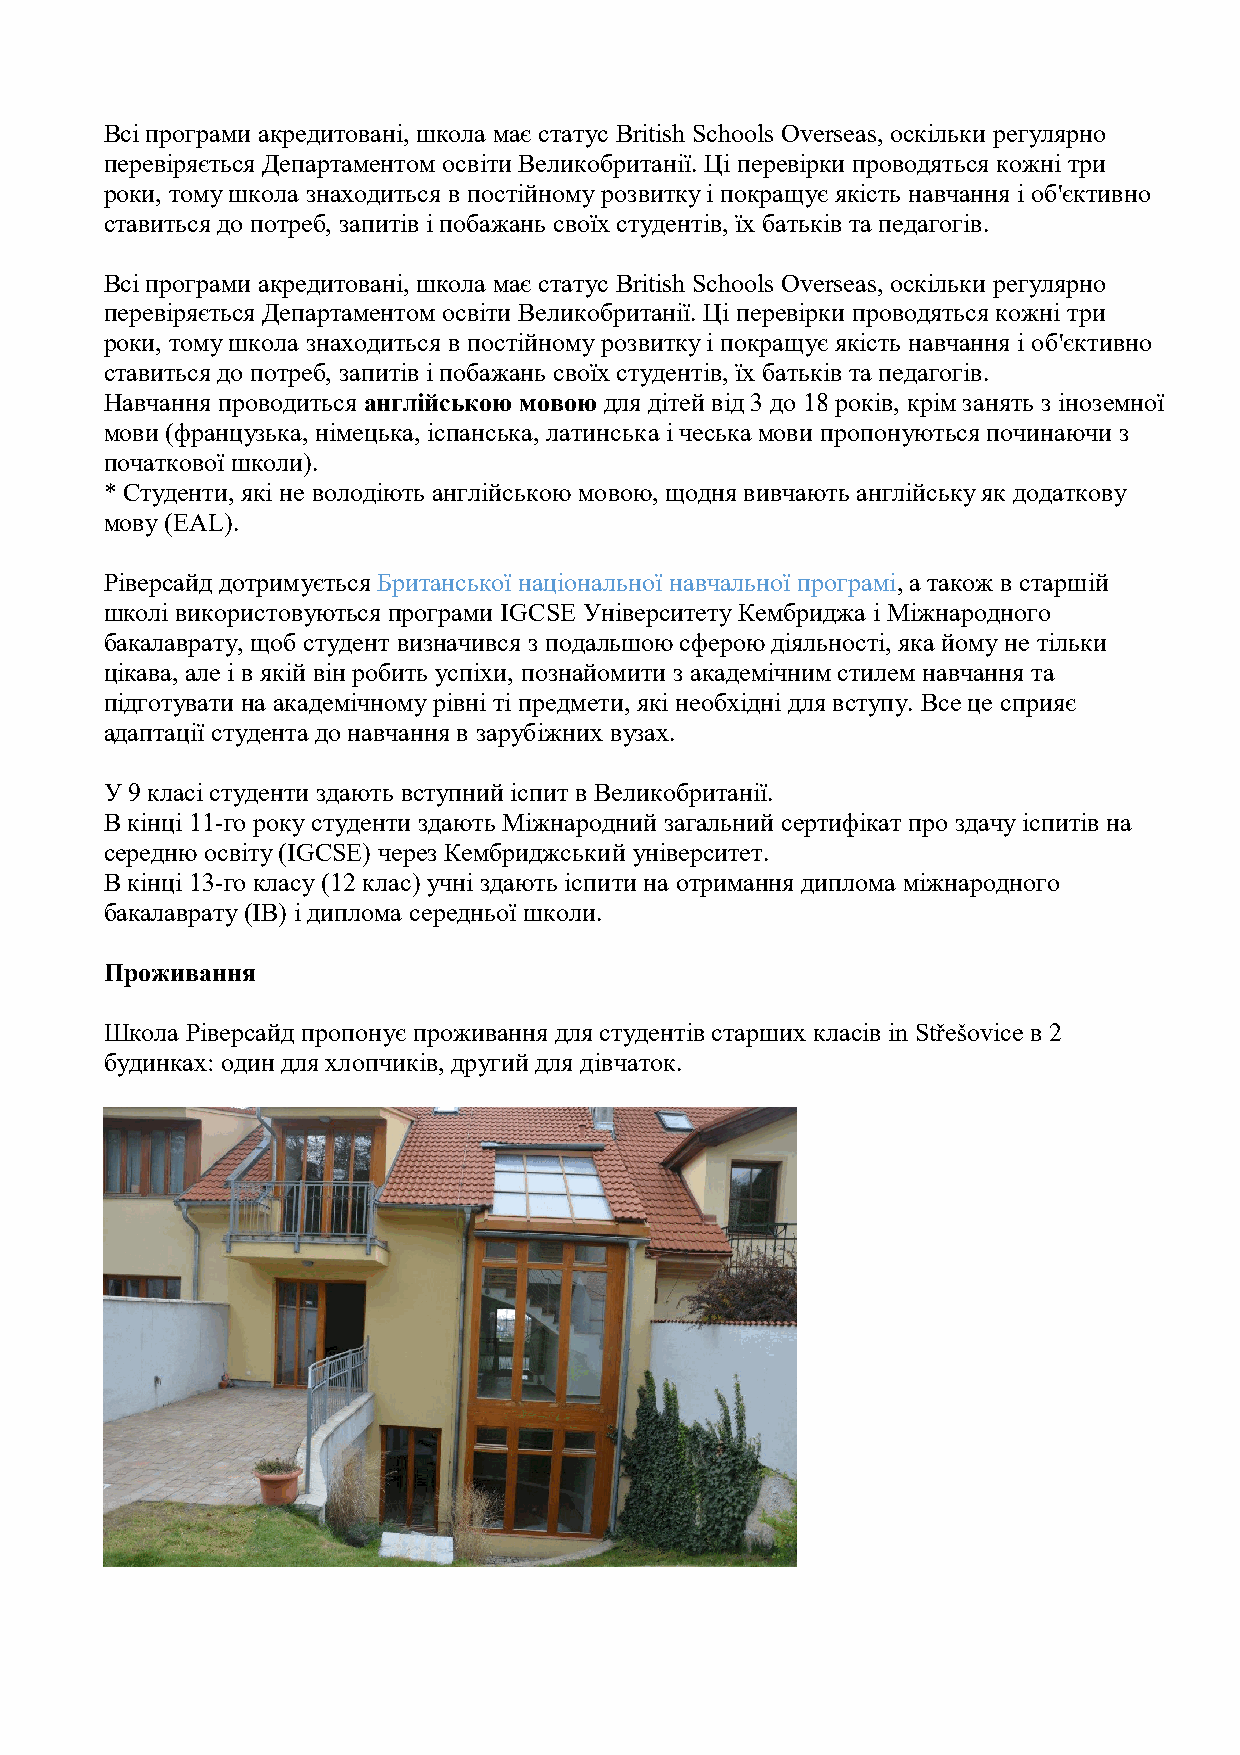
Всі програми акредитовані, школа має статус British Schools Overseas, оскільки регулярно
 перевіряється Департаментом освіти Великобританії. Ці перевірки проводяться кожні три
 роки, тому школа знаходиться в постійному розвитку і покращує якість навчання і об'єктивно
 ставиться до потреб, запитів і побажань своїх студентів, їх батьків та педагогів.
 Всі програми акредитовані, школа має статус British Schools Overseas, оскільки регулярно
 перевіряється Департаментом освіти Великобританії. Ці перевірки проводяться кожні три
 роки, тому школа знаходиться в постійному розвитку і покращує якість навчання і об'єктивно
 ставиться до потреб, запитів і побажань своїх студентів, їх батьків та педагогів.
 Навчання проводиться англійською мовою для дітей від 3 до 18 років, крім занять з іноземної
 мови (французька, німецька, іспанська, латинська і чеська мови пропонуються починаючи з
 початкової школи).
 * Студенти, які не володіють англійською мовою, щодня вивчають англійську як додаткову
 мову (EAL).
 Ріверсайд дотримується Британської національної навчальної програмі, а також в старшій
 школі використовуються програми IGCSE Університету Кембриджа і Міжнародного
 бакалаврату, щоб студент визначився з подальшою сферою діяльності, яка йому не тільки
 цікава, але і в якій він робить успіхи, познайомити з академічним стилем навчання та
 підготувати на академічному рівні ті предмети, які необхідні для вступу. Все це сприяє
 адаптації студента до навчання в зарубіжних вузах.
 У 9 класі студенти здають вступний іспит в Великобританії.
 В кінці 11-го року студенти здають Міжнародний загальний сертифікат про здачу іспитів на
 середню освіту (IGCSE) через Кембриджський університет.
 В кінці 13-го класу (12 клас) учні здають іспити на отримання диплома міжнародного
 бакалаврату (IB) і диплома середньої школи.
 Проживання
 Школа Ріверсайд пропонує проживання для студентів старших класів in Střešovice в 2
 будинках: один для хлопчиків, другий для дівчаток.